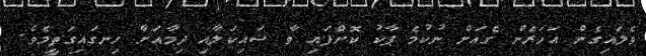
ވެލައިގެން އަހަރެން ގެއަށް ނުކުމެ ޕާކު ކޮށްފައި ވާ ސައިކަލާއި ދިމާއަށް ހިނގައިގަތީމެވެ.